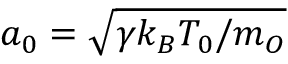
a _ { 0 } = \sqrt { \gamma k _ { B } T _ { 0 } / m _ { O } }